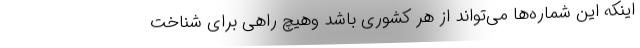
اینکه این شماره‌ها می‌تواند از هر کشوری باشد وهیچ راهی برای شناخت